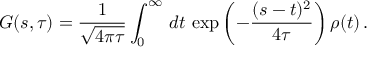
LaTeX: G ( s , \tau ) = \frac { 1 } { \sqrt { 4 \pi \tau } } \int _ { 0 } ^ { \infty } \, d t \, \exp \left( - \frac { ( s - t ) ^ { 2 } } { 4 \tau } \right) \rho ( t ) \, .